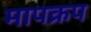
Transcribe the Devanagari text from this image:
मापक्रप